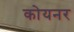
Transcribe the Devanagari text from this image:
कोयनर